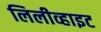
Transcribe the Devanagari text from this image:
लिलीव्हाइट